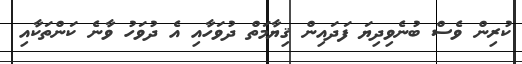
ކުރިން ވެސް ބުނެވިދިޔަ ފަދައިން ޤިޔާމަތް ދުވަހާއި އެ ދުވަހު ވާނެ ކަންތަކާއި